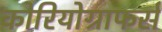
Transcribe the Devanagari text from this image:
कोरियोग्राफर्स